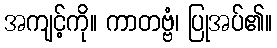
အကျင့်ကို။ ကာတဗ္ဗံ၊ ပြုအပ်၏။